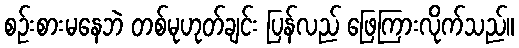
စဉ်းစားမနေဘဲ တစ်မုဟုတ်ချင်း ပြန်လည် ဖြေကြားလိုက်သည်။